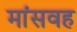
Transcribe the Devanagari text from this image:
मांसवह